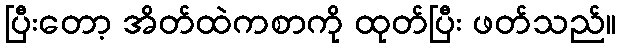
ပြီးတော့ အိတ်ထဲကစာကို ထုတ်ပြီး ဖတ်သည်။